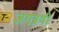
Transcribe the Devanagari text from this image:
जगत्रयी